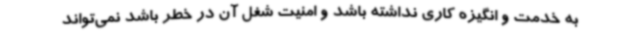
به خدمت و انگیزه کاری نداشته باشد و امنیت شغل آن در خطر باشد نمی‌تواند